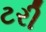
ટરી